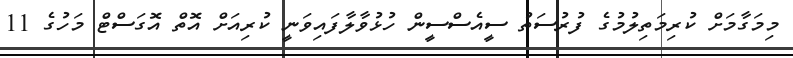
މިމަގާމަށް ކުރިމަތިލުމުގެ ފުރުސަތު ސީއެސްސީން ހުޅުވާލާފައިވަނީ ކުރިއަށް އޮތް އޮގަސްޓް މަހުގެ 11